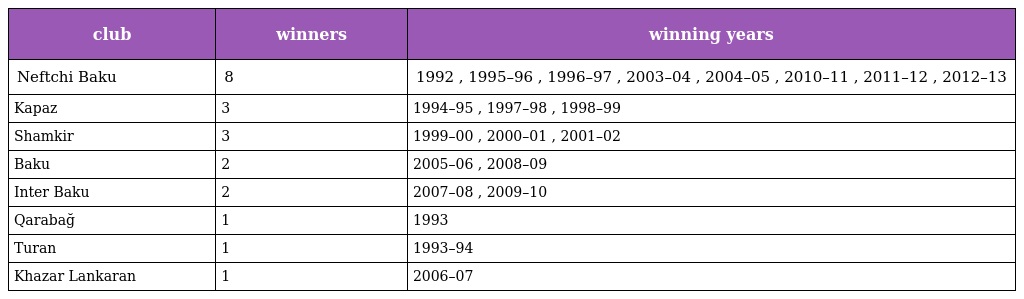
| club | winners | winning years |
 | --- | --- | --- |
 | Neftchi Baku | 8 | 1992 , 1995–96 , 1996–97 , 2003–04 , 2004–05 , 2010–11 , 2011–12 , 2012–13 |
 | Kapaz | 3 | 1994–95 , 1997–98 , 1998–99 |
 | Shamkir | 3 | 1999–00 , 2000–01 , 2001–02 |
 | Baku | 2 | 2005–06 , 2008–09 |
 | Inter Baku | 2 | 2007–08 , 2009–10 |
 | Qarabağ | 1 | 1993 |
 | Turan | 1 | 1993–94 |
 | Khazar Lankaran | 1 | 2006–07 |